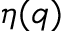
\eta ( q )